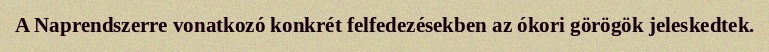
A Naprendszerre vonatkozó konkrét felfedezésekben az ókori görögök jeleskedtek.